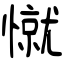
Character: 憱